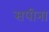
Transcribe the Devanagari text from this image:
सपीना